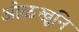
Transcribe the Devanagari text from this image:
ओळखूनि